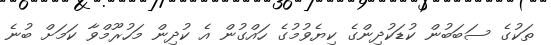
ތަކުގެ ސަބަބުން ކުޑަކުދިންގެ ކިޔެވުމުގެ ހައްގުން އެ ކުދިން މަހުރޫމްވާ ކަމަށް ބުނެ